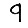
Digit: 9